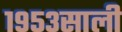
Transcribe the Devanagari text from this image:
१९५३साली